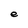
Character: e